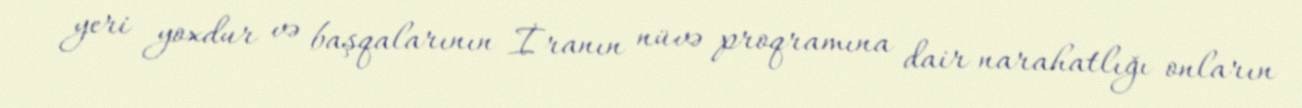
yeri yoxdur və başqalarının İranın nüvə proqramına dair narahatlığı onların